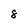
Character: 8